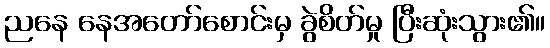
ညနေ နေအတော်စောင်းမှ ခွဲစိတ်မှု ပြီးဆုံးသွား၏။